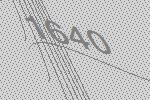
1640